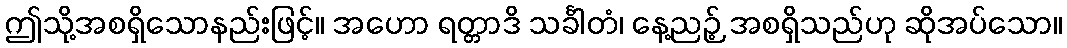
ဤသို့အစရှိသောနည်းဖြင့်။ အဟော ရတ္တာဒိ သင်္ခါတံ၊ နေ့ညဉ့် အစရှိသည်ဟု ဆိုအပ်သော။